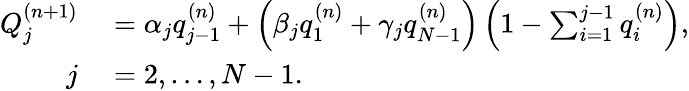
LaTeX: \begin{array}{rl}{Q_{j}^{(n+1)}}&{{}=\alpha_{j}q_{j-1}^{(n)}+\left(\beta_{j}q_{1}^{(n)}+\gamma_{j}q_{N-1}^{(n)}\right)\left(1-\sum_{i=1}^{j-1}q_{i}^{(n)}\right),}\\ {j}&{{}=2,\ldots,N-1.}\end{array}